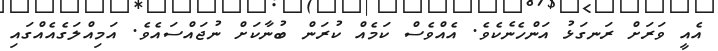
އެއީ ވަރަށް ރަނގަޅު އަންހެނެކެވެ. އެއްވެސް ކަމެއް ކުރަން ބުނާކަށް ނުޖައްސައެވެ. އަމިއްލަގެއެއްގައި